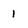
Character: 1